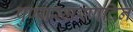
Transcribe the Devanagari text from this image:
पुण्यस्मरणदिन